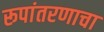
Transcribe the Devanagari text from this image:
रूपांतरणाचा